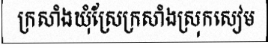
ក្រសាំងឃុំស្រែក្រសាំងស្រុកសៀម